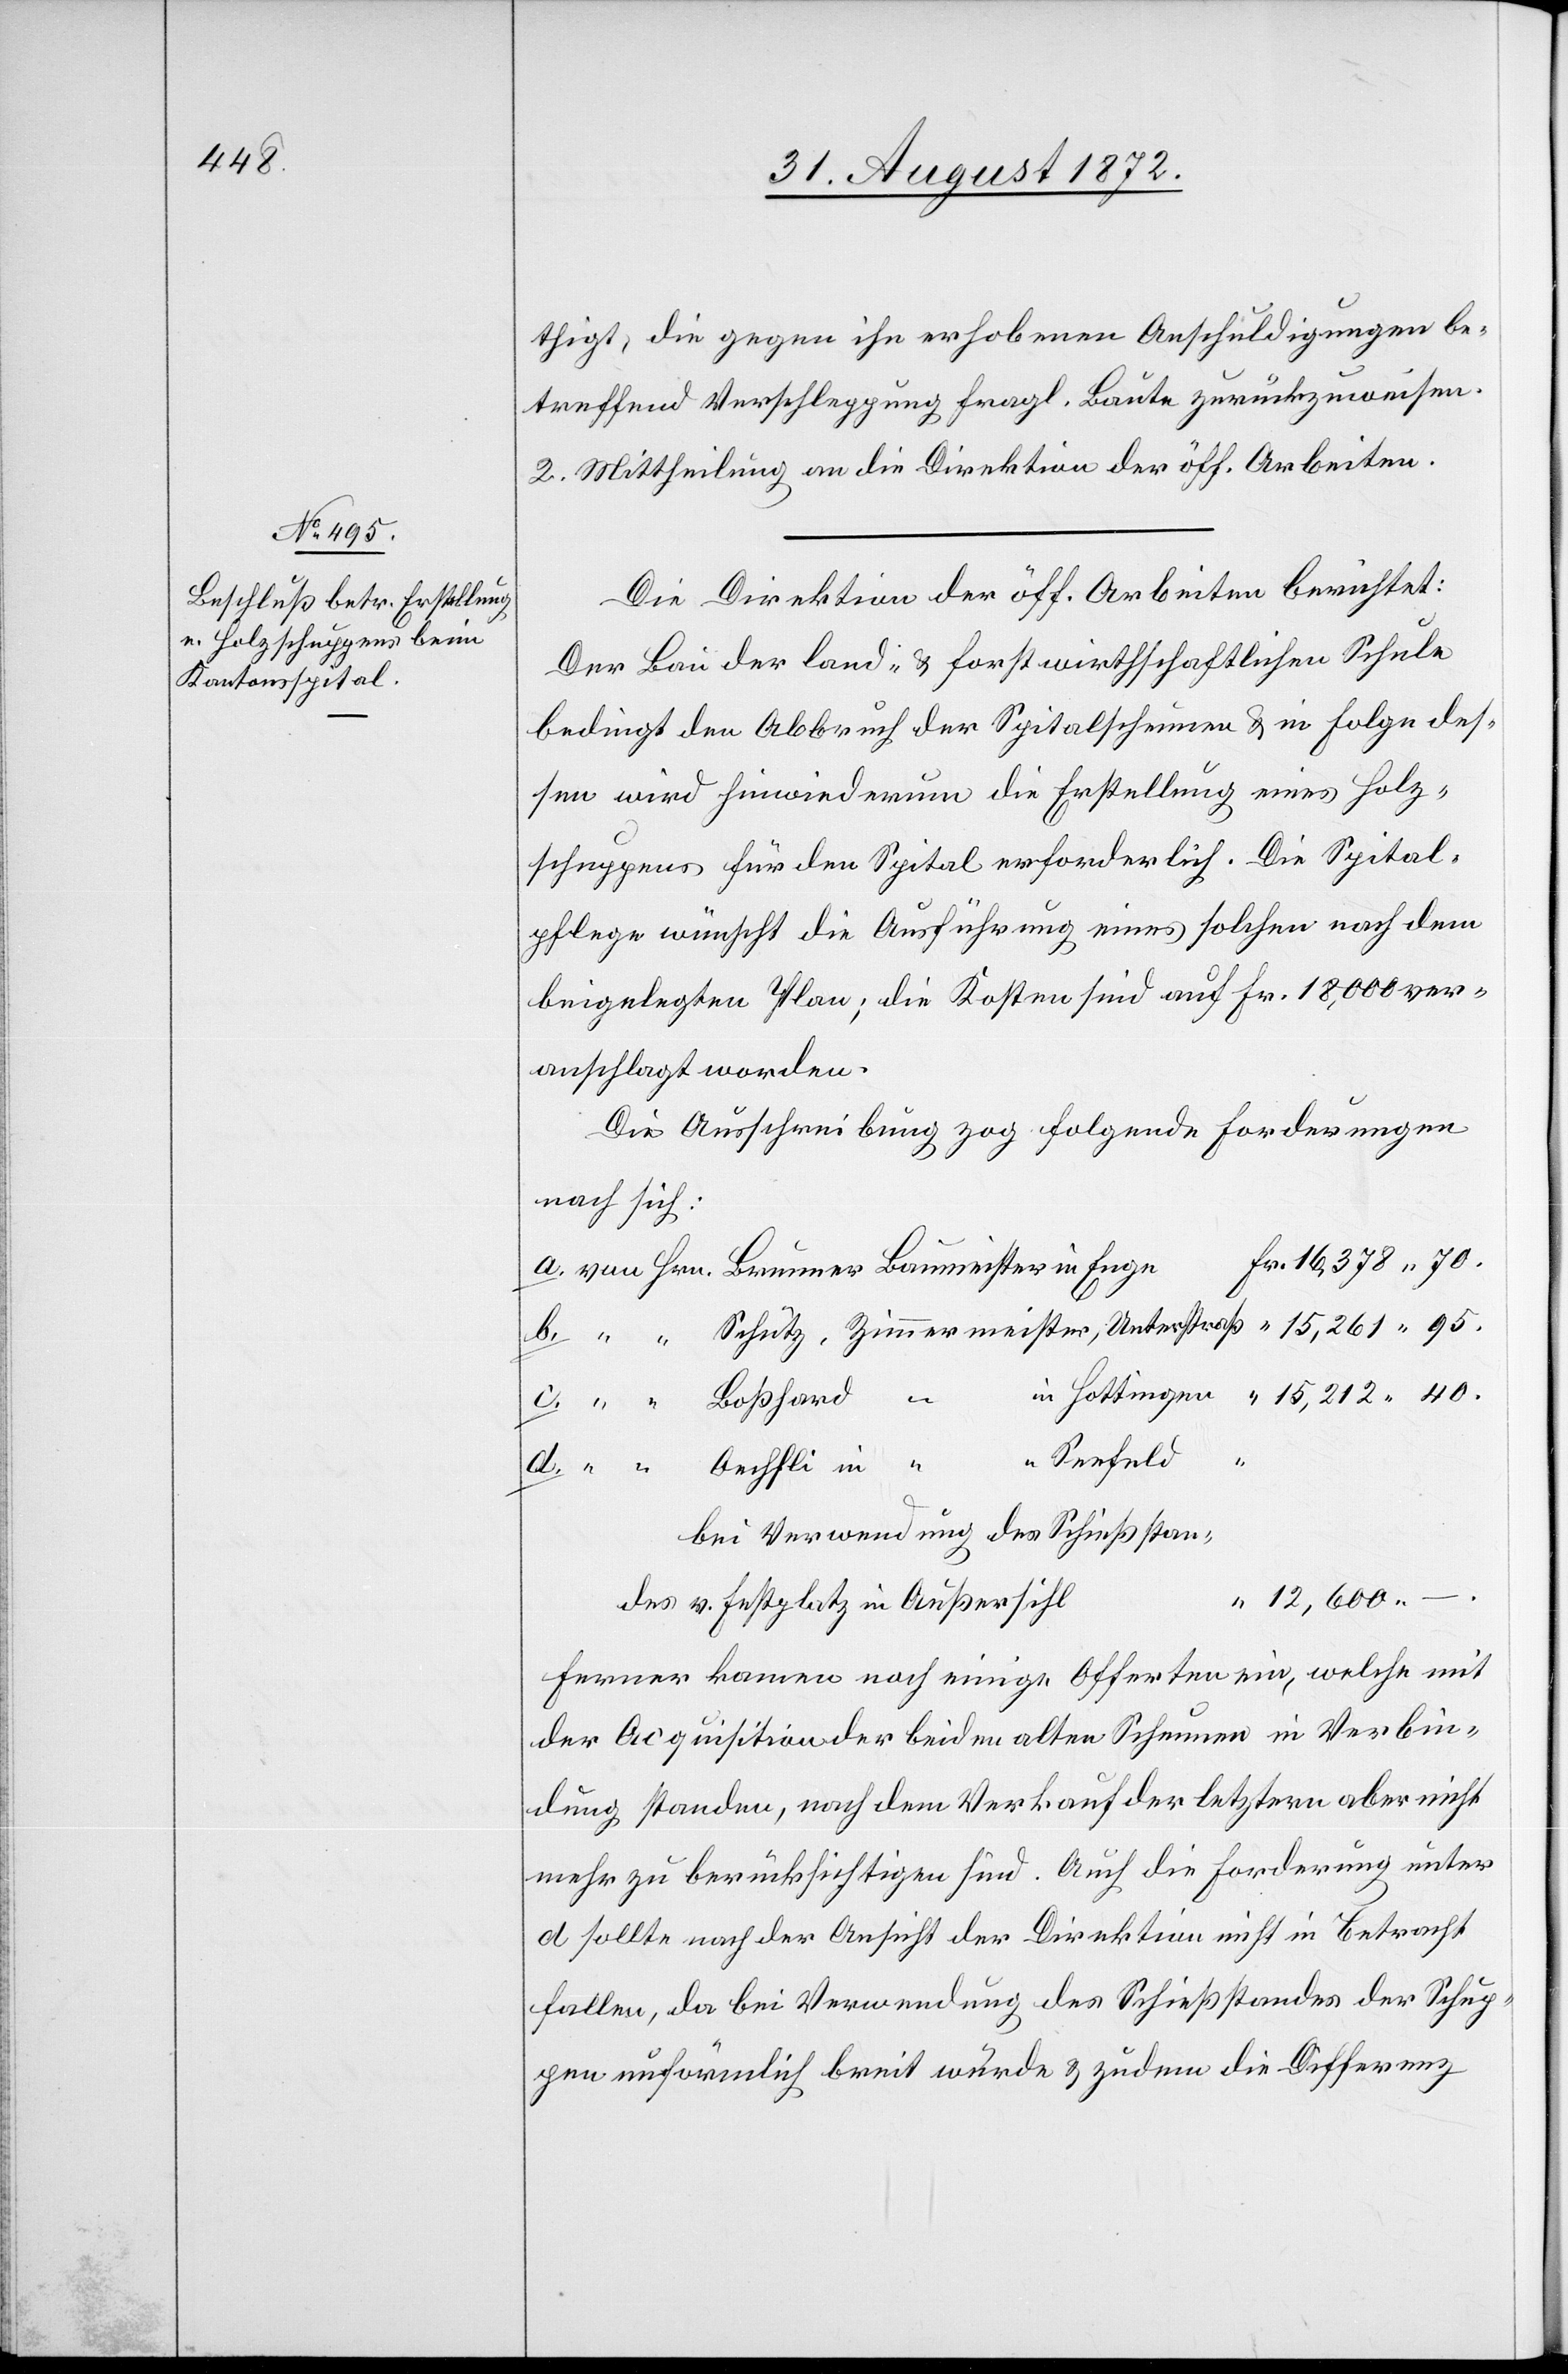
40.

thigt, die gegen ihn erhobenen Anschuldigungen be¬
treffend Verschleppung fragl. Baute zurückzuweisen.
2. Mittheilung an die Direktion der öff. Arbeiten.
Die Direktion der öff. Arbeiten berichtet:
Der Bau der land- u. forstwirthschaftlichen Schule
bedingt den Abbruch der Spitalscheunen u. in Folge des¬
sen wird hinwiederum die Erstellung die Erst¬
schuppens für den Spital erforderlich. Die Spital¬
pflege wünscht die Ausführung eines solchen nach dem
beigelegten Plane; die Kosten sind auf Fr. 18,000 ver¬
anschlagt worden.
Die Ausschreibung zog folgende Forderungen
nach sich:
d.
bei Verwendung des Schießstan¬
“
12,600 – .
des v. Festplatz in Außersihl
Ferner kamen noch einige Offerten ein, welche mit
der Acquisition der beiden alten Scheunen in Verbin¬
dung standen, nach dem Verkauf der letztern aber nicht
mehr zu berücksichtigen sind. Auch die Forderung unter
d sollte nach der Ansicht der Direktion nicht in Betracht
fallen, da bei Verwendung des Schießstandes der Schup¬
pen unförmlich breit würde u. zudem die Differenz